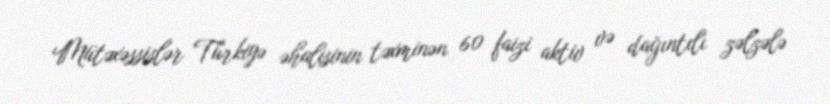
Mütəxəssislər Türkiyə əhalisinin təxminən 60 faizi aktiv və dağıntılı zəlzələ